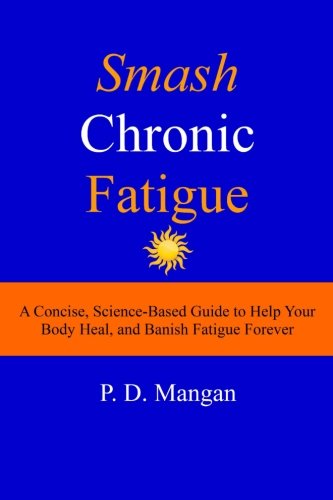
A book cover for Smash Chronic Fatigue: A Concise, Science-Based Guide to Help Your Body Heal, and Banish Fatigue Forever; P D Mangan; Health, Fitness & Dieting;